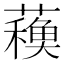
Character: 𧁨